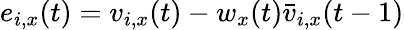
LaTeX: e_{i,x}(t)=v_{i,x}(t)-w_{x}(t)\bar{v}_{i,x}(t-1)